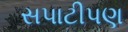
સપાટીપણ